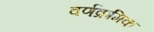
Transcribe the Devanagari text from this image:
वर्णक्रमिक